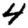
Digit: 4